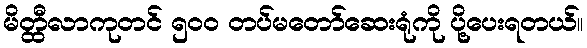
မိတ္ထီလာကုတင် ၅၀၀ တပ်မတော်ဆေးရုံကို ပို့ပေးရတယ်။